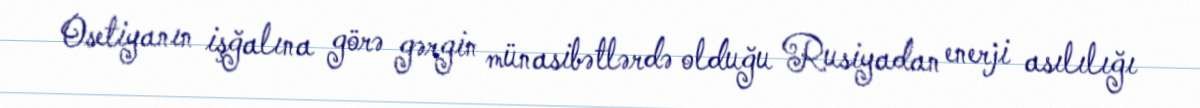
Osetiyanın işğalına görə gərgin münasibətlərdə olduğu Rusiyadan enerji asılılığı